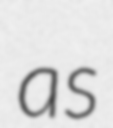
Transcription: as